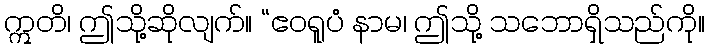
ဣတိ၊ ဤသို့ဆိုလျက်။ “ဧဝရူပံ နာမ၊ ဤသို့ သဘောရှိသည်ကို။